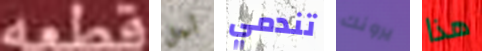
قطعه أجل تندمي يرونك هذا